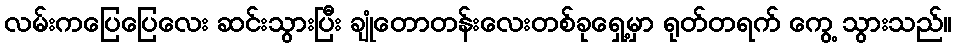
လမ်းကပြေပြေလေး ဆင်းသွားပြီး ချုံတောတန်းလေးတစ်ခုရှေ့မှာ ရုတ်တရက် ကွေ့ သွားသည်။